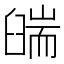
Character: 𦦇